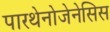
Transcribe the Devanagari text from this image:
पारथेनोजेनेसिस